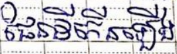
ផែនដីកើនឡើង